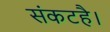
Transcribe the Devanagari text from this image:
संकटहै।